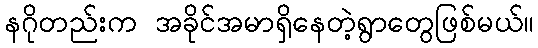
နဂိုတည်းက အခိုင်အမာရှိနေတဲ့ရွာတွေဖြစ်မယ်။